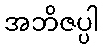
အဘိဇပ္ပါ